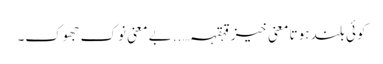
کوئی بلند ہوتا معنی خیز قہقہہ…..بے معنی نوک جھوک۔